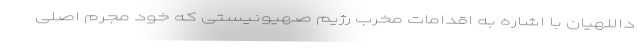
داللهیان با اشاره به اقدامات مخرب رژیم صهیونیستی که خود مجرم اصلی